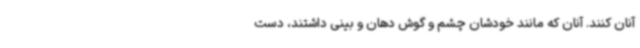
آنان کنند. آنان که مانند خودشان چشم و گوش دهان و بینی داشتند، دست